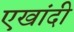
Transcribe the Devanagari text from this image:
एखांदी